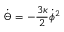
\dot { \Theta } = - \frac { 3 \kappa } { 2 } \dot { \phi } ^ { 2 }